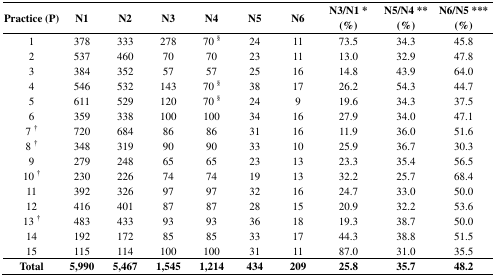
<table><thead><tr><td><b>Practice (P)</b></td><td><b>N1</b></td><td><b>N2</b></td><td><b>N3</b></td><td><b>N4</b></td><td><b>N5</b></td><td><b>N6</b></td><td><b>N3/N1 * (%)</b></td><td><b>N5/N4 ** (%)</b></td><td><b>N6/N5 *** (%)</b></td></tr></thead><tbody><tr><td>1</td><td>378</td><td>333</td><td>278</td><td>70 <sup>§</sup></td><td>24</td><td>11</td><td>73.5</td><td>34.3</td><td>45.8</td></tr><tr><td>2</td><td>537</td><td>460</td><td>70</td><td>70</td><td>23</td><td>11</td><td>13.0</td><td>32.9</td><td>47.8</td></tr><tr><td>3</td><td>384</td><td>352</td><td>57</td><td>57</td><td>25</td><td>16</td><td>14.8</td><td>43.9</td><td>64.0</td></tr><tr><td>4</td><td>546</td><td>532</td><td>143</td><td>70 <sup>§</sup></td><td>38</td><td>17</td><td>26.2</td><td>54.3</td><td>44.7</td></tr><tr><td>5</td><td>611</td><td>529</td><td>120</td><td>70 <sup>§</sup></td><td>24</td><td>9</td><td>19.6</td><td>34.3</td><td>37.5</td></tr><tr><td>6</td><td>359</td><td>338</td><td>100</td><td>100</td><td>34</td><td>16</td><td>27.9</td><td>34.0</td><td>47.1</td></tr><tr><td>7 <sup>†</sup></td><td>720</td><td>684</td><td>86</td><td>86</td><td>31</td><td>16</td><td>11.9</td><td>36.0</td><td>51.6</td></tr><tr><td>8 <sup>†</sup></td><td>348</td><td>319</td><td>90</td><td>90</td><td>33</td><td>10</td><td>25.9</td><td>36.7</td><td>30.3</td></tr><tr><td>9</td><td>279</td><td>248</td><td>65</td><td>65</td><td>23</td><td>13</td><td>23.3</td><td>35.4</td><td>56.5</td></tr><tr><td>10 <sup>†</sup></td><td>230</td><td>226</td><td>74</td><td>74</td><td>19</td><td>13</td><td>32.2</td><td>25.7</td><td>68.4</td></tr><tr><td>11</td><td>392</td><td>326</td><td>97</td><td>97</td><td>32</td><td>16</td><td>24.7</td><td>33.0</td><td>50.0</td></tr><tr><td>12</td><td>416</td><td>401</td><td>87</td><td>87</td><td>28</td><td>15</td><td>20.9</td><td>32.2</td><td>53.6</td></tr><tr><td>13 <sup>†</sup></td><td>483</td><td>433</td><td>93</td><td>93</td><td>36</td><td>18</td><td>19.3</td><td>38.7</td><td>50.0</td></tr><tr><td>14</td><td>192</td><td>172</td><td>85</td><td>85</td><td>33</td><td>17</td><td>44.3</td><td>38.8</td><td>51.5</td></tr><tr><td>15</td><td>115</td><td>114</td><td>100</td><td>100</td><td>31</td><td>11</td><td>87.0</td><td>31.0</td><td>35.5</td></tr><tr><td><b>Total</b></td><td><b>5,990</b></td><td><b>5,467</b></td><td><b>1,545</b></td><td><b>1,214</b></td><td><b>434</b></td><td><b>209</b></td><td><b>25.8</b></td><td><b>35.7</b></td><td><b>48.2</b></td></tr></tbody></table>